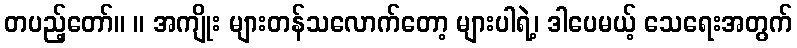
တပည့်တော်။ ။ အကျိုး များတန်သလောက်တော့ များပါရဲ့၊ ဒါပေမယ့် သေရေးအတွက်